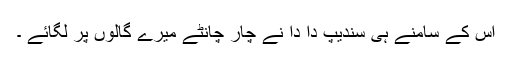
اس کے سامنے ہی سندیپ دا دا نے چار چانٹے میرے گالوں پر لگائے ۔